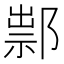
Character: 𨜿